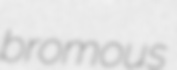
bromous